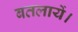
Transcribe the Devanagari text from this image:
बतलायें।